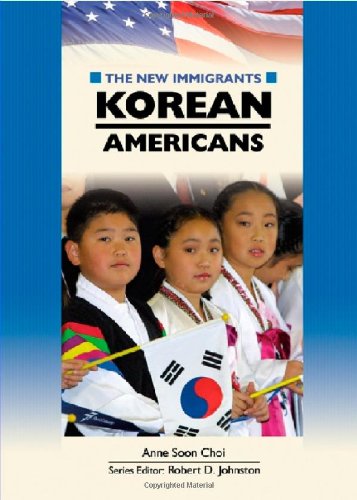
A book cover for Korean Americans (The New Immigrants); Anne Soon Choi; Children's Books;